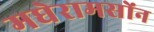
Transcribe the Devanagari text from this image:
मघेरामसोंन